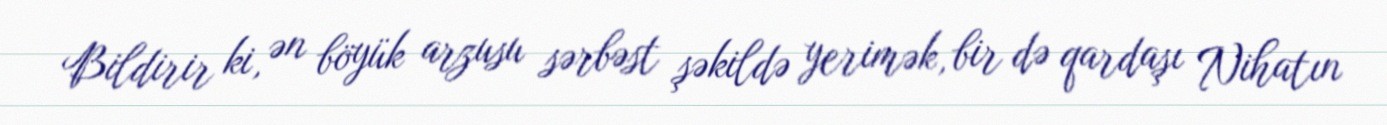
Bildirir ki, ən böyük arzusu sərbəst şəkildə yerimək, bir də qardaşı Nihatın